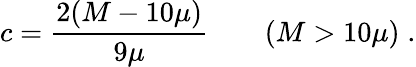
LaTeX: c={\frac{2(M-10\mu)}{9\mu}}\qquad(M>10\mu)\; .